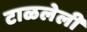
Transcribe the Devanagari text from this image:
टाळलेली